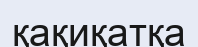
қақиқатқа